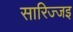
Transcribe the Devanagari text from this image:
सारिज्जइ